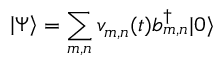
\left| \Psi \right\rangle = \sum _ { m , n } v _ { m , n } ( t ) b _ { m , n } ^ { \dagger } | 0 \rangle